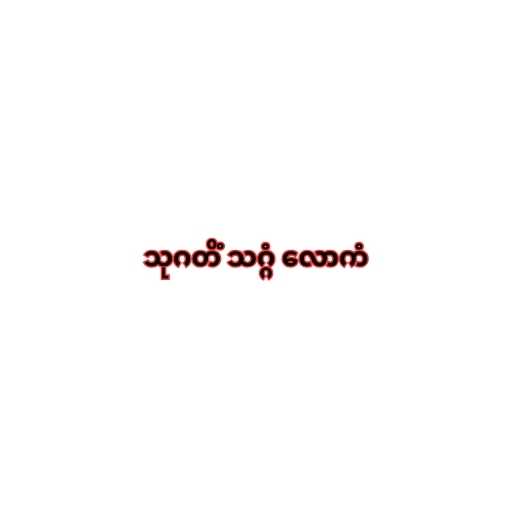
သုဂတိံ သဂ္ဂံ လောကံ